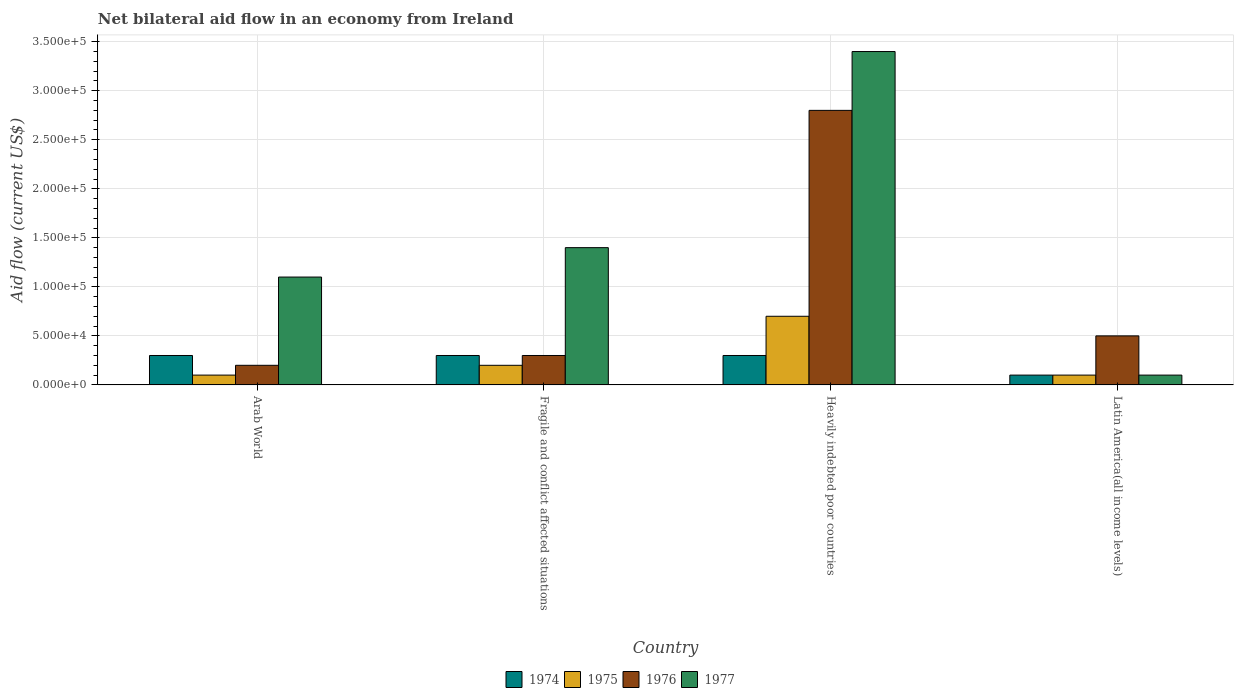
| Country | 1974 | 1975 | 1976 | 1977 |
 | --- | --- | --- | --- | --- |
 | Arab World | 3e+04 | 1e+04 | 2e+04 | 1.1e+05 |
 | Fragile and conflict affected situations | 3e+04 | 2e+04 | 3e+04 | 1.4e+05 |
 | Heavily indebted poor countries | 3e+04 | 7e+04 | 2.8e+05 | 3.4e+05 |
 | Latin America(all income levels) | 1e+04 | 1e+04 | 5e+04 | 1e+04 |